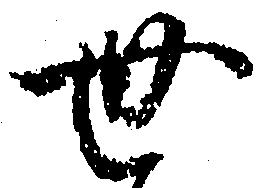
世